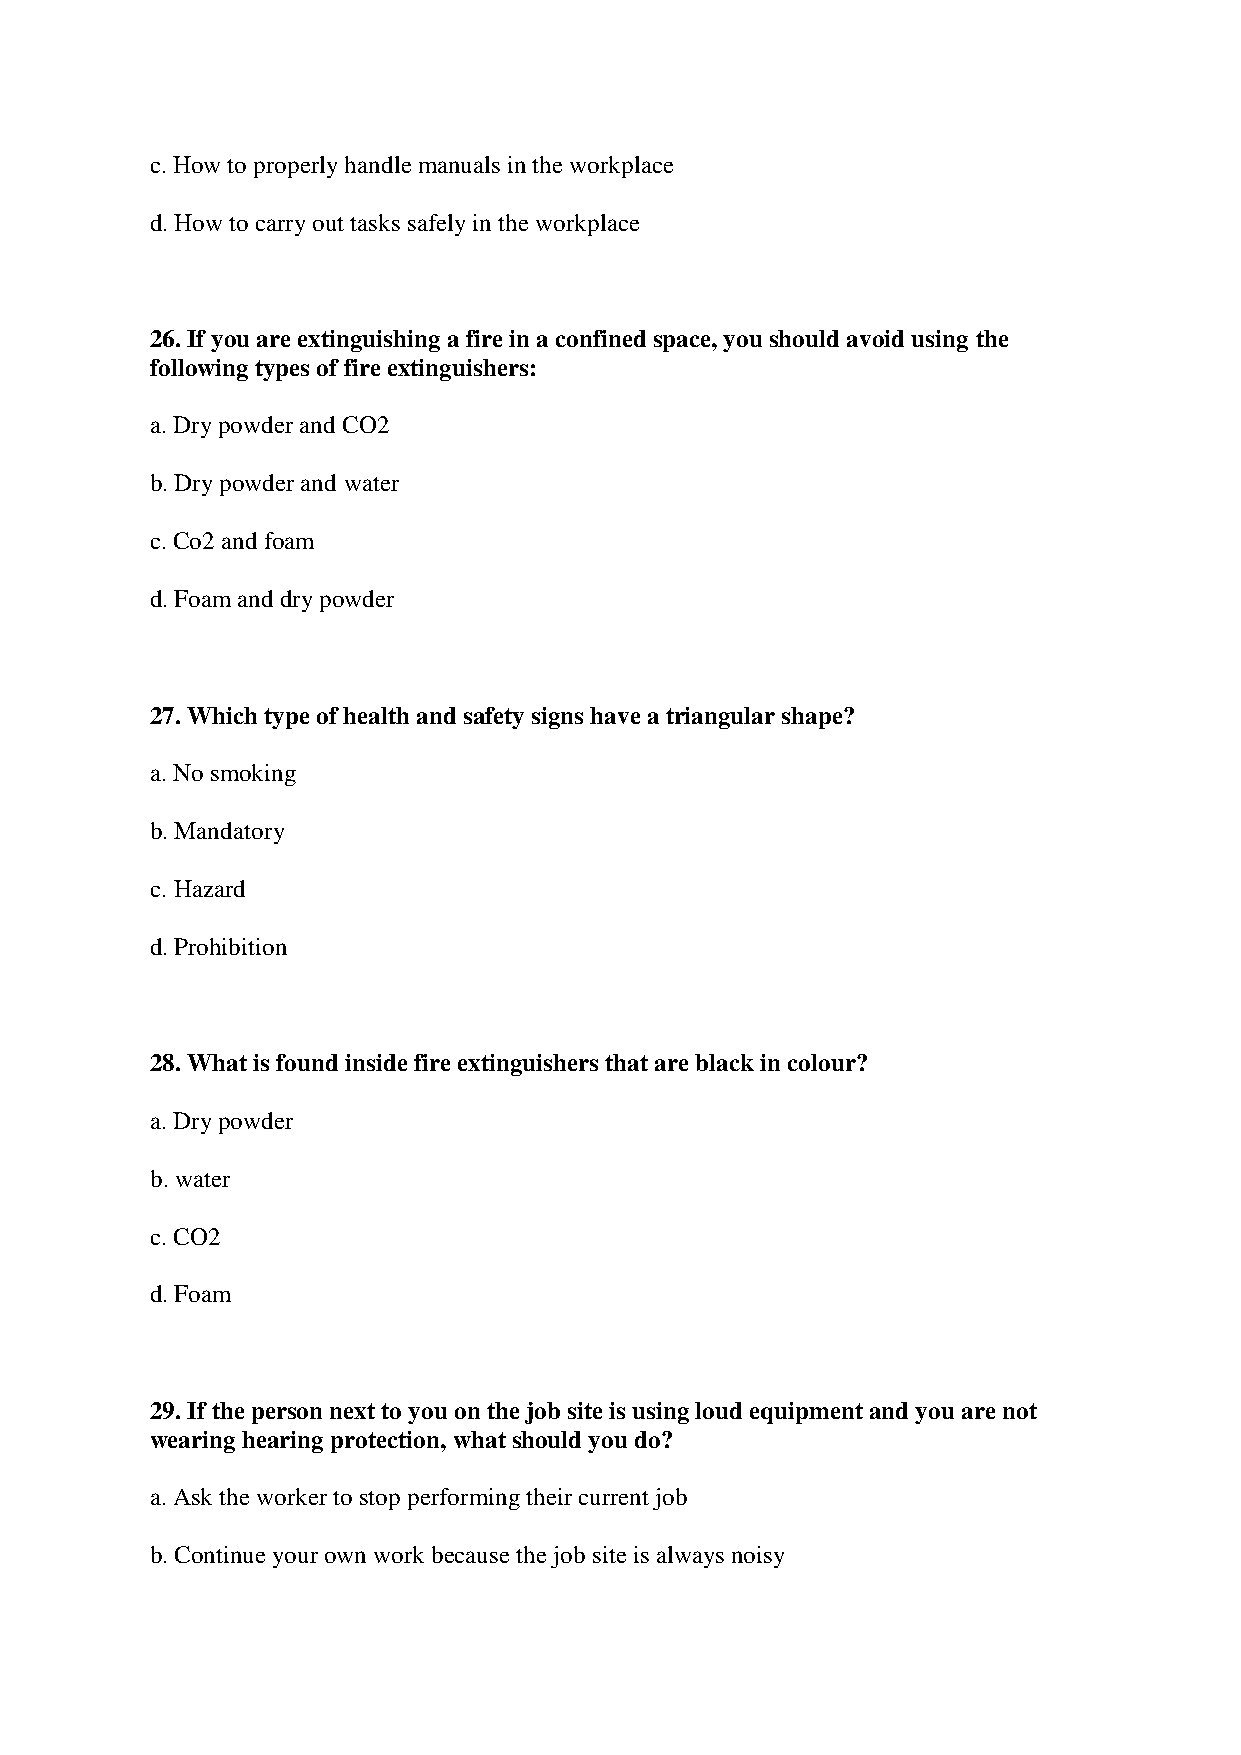
c. How to properly handle manuals in the workplace
 d. How to carry out tasks safely in the workplace
 26. If you are extinguishing a fire in a confined space, you should avoid using the
 following types of fire extinguishers:
 a. Dry powder and CO2
 b. Dry powder and water
 c. Co2 and foam
 d. Foam and dry powder
 27. Which type of health and safety signs have a triangular shape?
 a. No smoking
 b. Mandatory
 c. Hazard
 d. Prohibition
 28. What is found inside fire extinguishers that are black in colour?
 a. Dry powder
 b. water
 c. CO2
 d. Foam
 29. If the person next to you on the job site is using loud equipment and you are not
 wearing hearing protection, what should you do?
 a. Ask the worker to stop performing their current job
 b. Continue your own work because the job site is always noisy